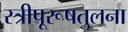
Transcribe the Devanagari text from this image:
स्त्रीपूरूषतुलना